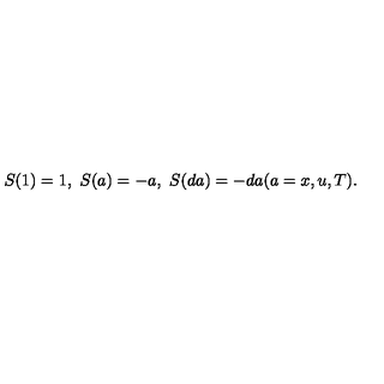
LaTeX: S ( 1 ) = 1 , \ S ( a ) = - a , \ S ( d a ) = - d a ( a = x , u , T ) .